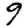
Digit: 9